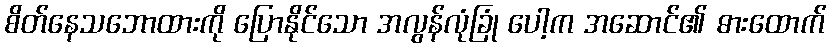
စိတ်နေသဘောထားကို ပြောနိုင်သော အလွန်လုံခြုံ ပေါ့က အဆောင်၏ ဓားထောက်